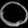
Digit: ၀